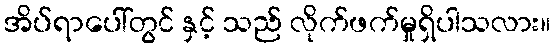
အိပ်ရာပေါ်တွင် နှင့် သည် လိုက်ဖက်မှုရှိပါသလား။